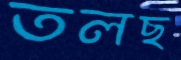
তলছ